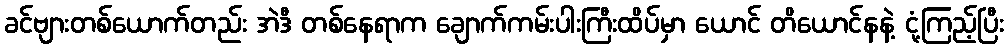
ခင်ဗျားတစ်ယောက်တည်း အဲဒီ တစ်နေရာက ချောက်ကမ်းပါးကြီးထိပ်မှာ ယောင် တိယောင်နနဲ့ ငုံ့ကြည့်ပြီး